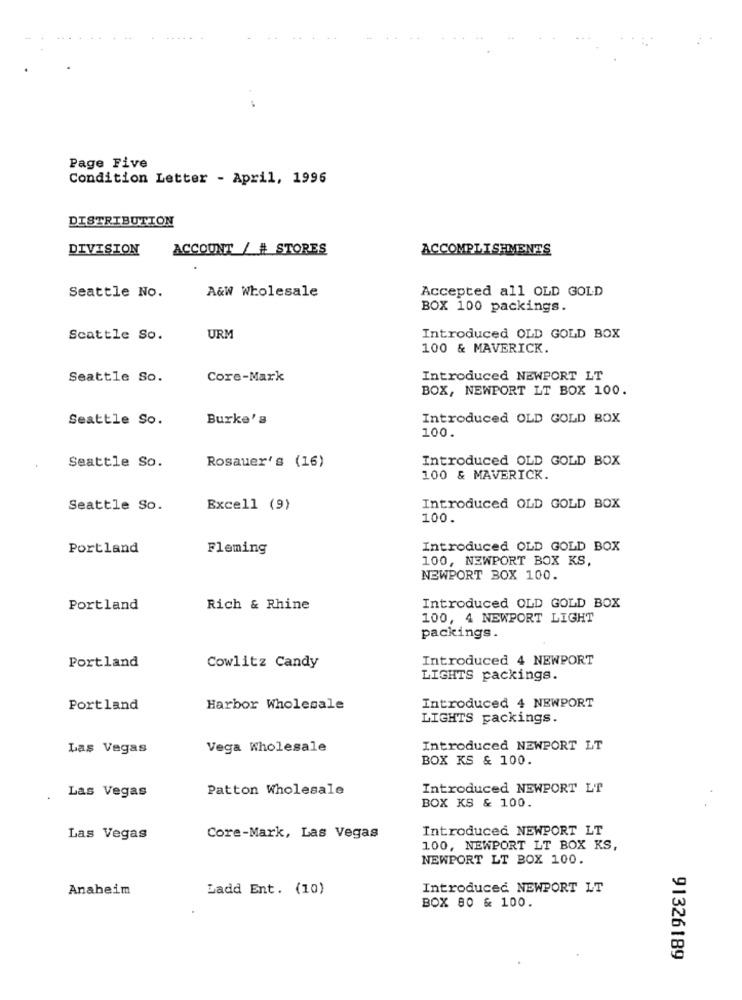
Page Five
Condition Letter - April, 1996
DISTRIBUTION
DIVISION
ACCOUNT / # STORES
A&W Wholesale
Seattle No.
Accepted all OLD GOLD
BOX 100 packings.
Scattle So.
URM
Introduced OLD GOLD BOX
100 & MAVERICK.
Seattle So.
Core-Mark
Introduced NEWPORT LT
BOX, NEWPORT LT BOX 100.
Seattle So.
Burke's
Introduced OLD GOLD BOX
100.
Introduced OLD GOLD BOX
Seattle So.
Rosauer's (16)
100 & MAVERICK.
Seattle So.
Excell (9)
Introduced OLD GOLD BOX
100.
Portland
Fleming
Introduced OLD GOLD BOX
100, NEWPORT BOX KS,
NEWPORT BOX 100.
Introduced OLD GOLD BOX
Portland
Rich & Rhine
100, 4 NEWPORT LIGHT
packings.
Introduced 4 NEWPORT
Portland
Cowlitz Candy
LIGHTS packings.
Introduced 4 NEWPORT
Portland
Harbor Wholesale
LIGHTS packings.
Las Vegas
Vega Wholesale
Introduced NEWPORT LT
BOX KS & 100.
Patton Wholesale
Introduced NEWPORT LT
Las Vegas
BOX KS & 100.
Introduced NEWPORT LT
Las Vegas
Core-Mark, Las Vegas
100, NEWPORT LT BOX KS,
NEWPORT LT BOX 100.
Anaheim
Ladd Ent. (10)
Introduced NEWPORT LT
BOX 80 & 100.
91326189